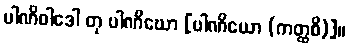
ပါဏိဝါဒေါ တု ပါဏိဃော [ပါဏိယော (ကတ္ထစိ)]။